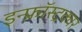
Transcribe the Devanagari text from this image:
इन्फ्रॉस्ट्रक्चर